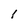
Character: I